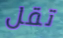
تقل